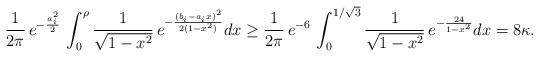
LaTeX: \begin{align*}\frac{1}{2\pi}\,e^{-\frac{a_i^2}{2}}\, \int_0^{\rho} \frac{1}{\sqrt{1-x^2}}\, e^{-\frac{(b_i-a_ix)^2}{2 (1-x^2)}} dx\geq \frac{1}{2\pi}\,e^{-6}\, \int_0^{1/\sqrt 3} \frac{1}{\sqrt{1-x^2}}\, e^{-\frac{24}{1-x^2}} dx = 8\kappa.\end{align*}